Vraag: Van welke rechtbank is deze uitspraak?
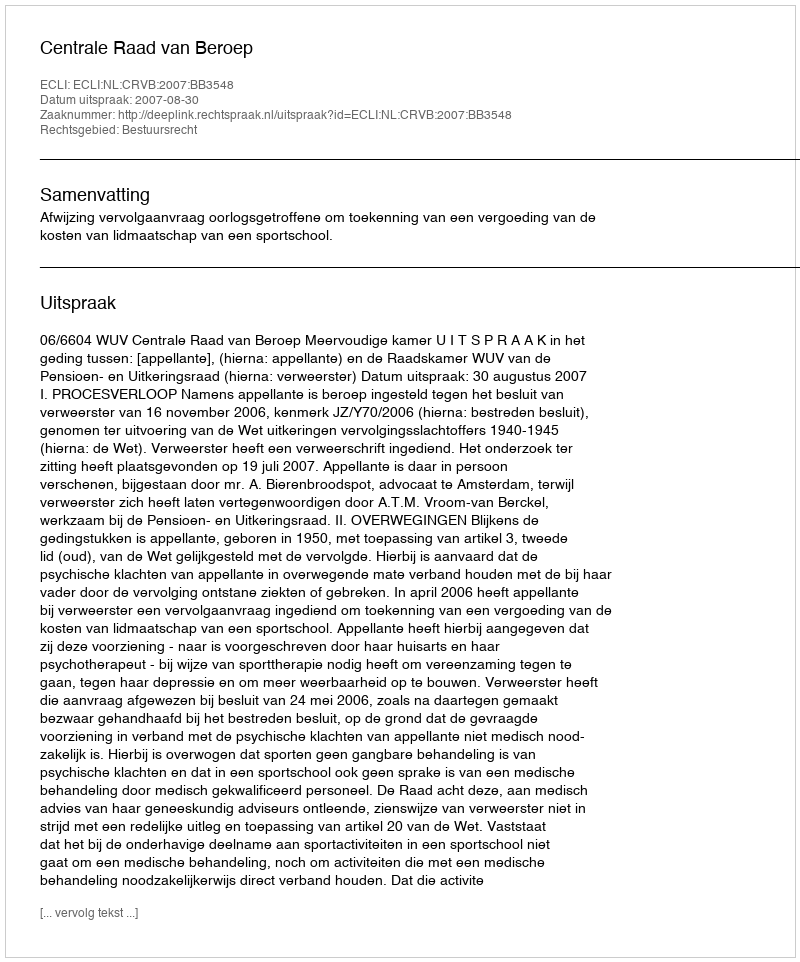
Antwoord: Centrale Raad van Beroep